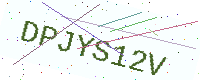
Text: DPJYS12V